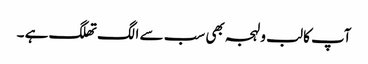
آپ کا لب و لہجہ بھی سب سے الگ تھلگ ہے ۔